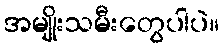
အမျိုးသမီးတွေပါပဲ။